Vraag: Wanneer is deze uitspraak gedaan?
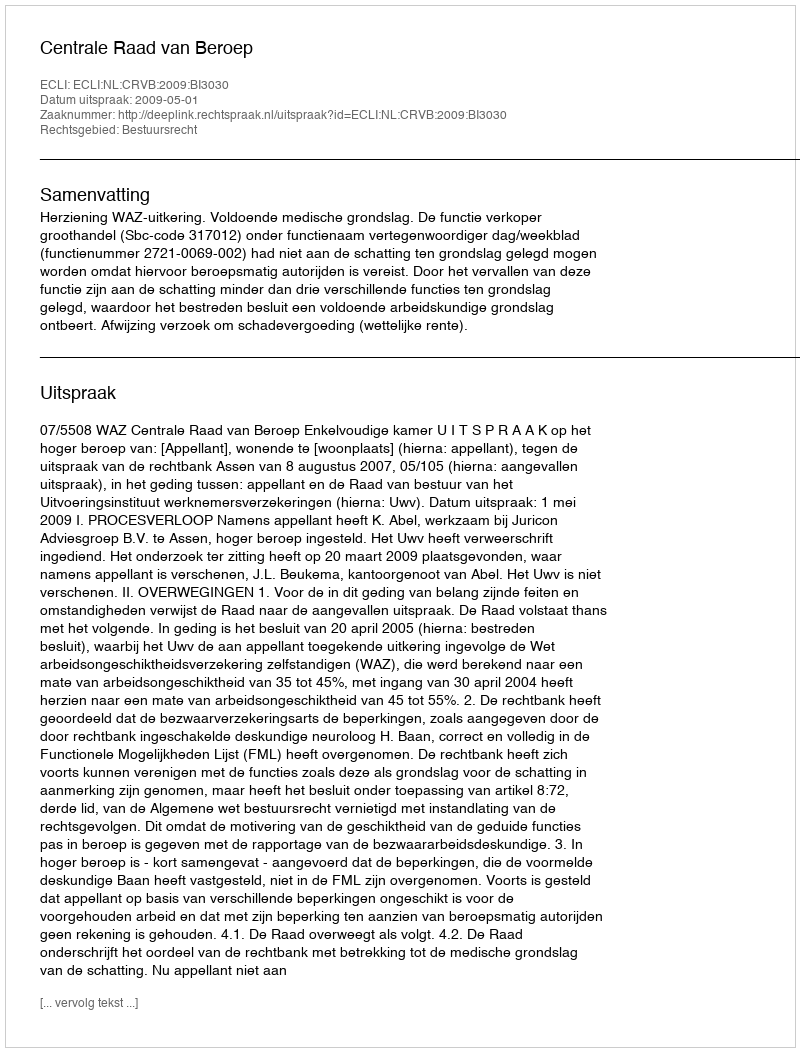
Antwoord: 2009-05-01